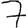
Digit: 7